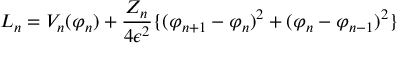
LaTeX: { \cal L } _ { n } = V _ { n } ( \varphi _ { n } ) + \frac { Z _ { n } } { 4 \epsilon ^ { 2 } } \{ ( \varphi _ { n + 1 } - \varphi _ { n } ) ^ { 2 } + ( \varphi _ { n } - \varphi _ { n - 1 } ) ^ { 2 } \}